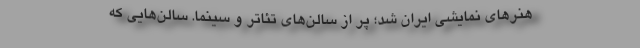
هنرهای نمایشی ایران شد؛ پر از سالن‌های تئاتر و سینما. سالن‌هایی که